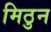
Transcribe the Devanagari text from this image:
मिठुन